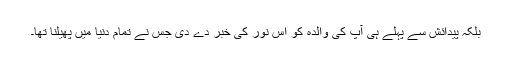
بلکہ پیدائش سے پہلے ہی آپؐ کی والدہ کو اُس نور کی خبر دے دی جس نے تمام دنیا میں پھیلنا تھا۔